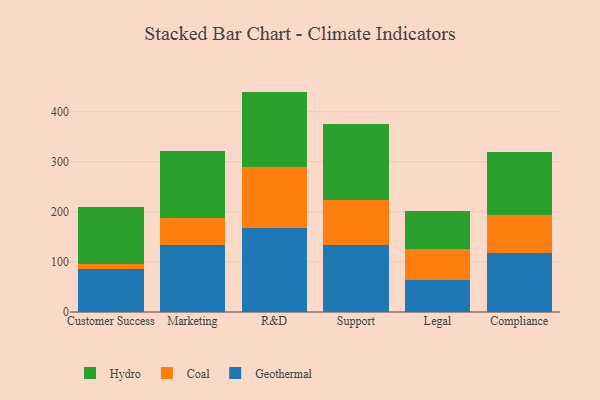
{"axis": {"x": "Department", "y": "Churn Rate (%)"}, "legend": ["Coal", "Geothermal", "Hydro"], "data": [{"x": "Customer Success", "y": 86.8, "type": "Geothermal"}, {"x": "Customer Success", "y": 8.4, "type": "Coal"}, {"x": "Customer Success", "y": 115.2, "type": "Hydro"}, {"x": "Marketing", "y": 133.8, "type": "Geothermal"}, {"x": "Marketing", "y": 54.1, "type": "Coal"}, {"x": "Marketing", "y": 132.7, "type": "Hydro"}, {"x": "R&D", "y": 168.7, "type": "Geothermal"}, {"x": "R&D", "y": 121.7, "type": "Coal"}, {"x": "R&D", "y": 149.7, "type": "Hydro"}, {"x": "Support", "y": 133.6, "type": "Geothermal"}, {"x": "Support", "y": 90.1, "type": "Coal"}, {"x": "Support", "y": 152.3, "type": "Hydro"}, {"x": "Legal", "y": 64.1, "type": "Geothermal"}, {"x": "Legal", "y": 61.2, "type": "Coal"}, {"x": "Legal", "y": 77.0, "type": "Hydro"}, {"x": "Compliance", "y": 117.0, "type": "Geothermal"}, {"x": "Compliance", "y": 77.7, "type": "Coal"}, {"x": "Compliance", "y": 125.6, "type": "Hydro"}]}